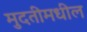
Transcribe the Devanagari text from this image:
मुदतीमधील